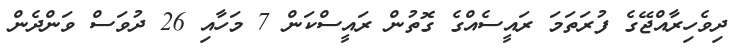
ދިވެހިރާއްޖޭގެ ފުރަތަމަ ރައީސެއްގެ ގޮތުން ރައީސްކަން 7 މަހާއި 26 ދުވަސް ވަންދެން